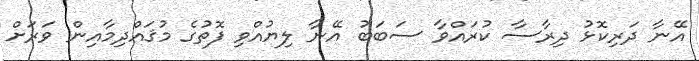
އޭނާ ދަރިކޮޅު ދިރާސާ ކުރައްވާ ސަބަބު އޭނާ ލިޔުއްވި ފޮތުގެ މުޤައްދިމާއިން ވަރަށް